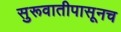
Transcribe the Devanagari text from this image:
सुरूवातीपासूनच